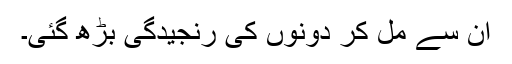
ان سے مل کر دونوں کی رنجیدگی بڑھ گئی۔